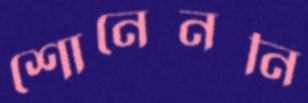
শোনেননি